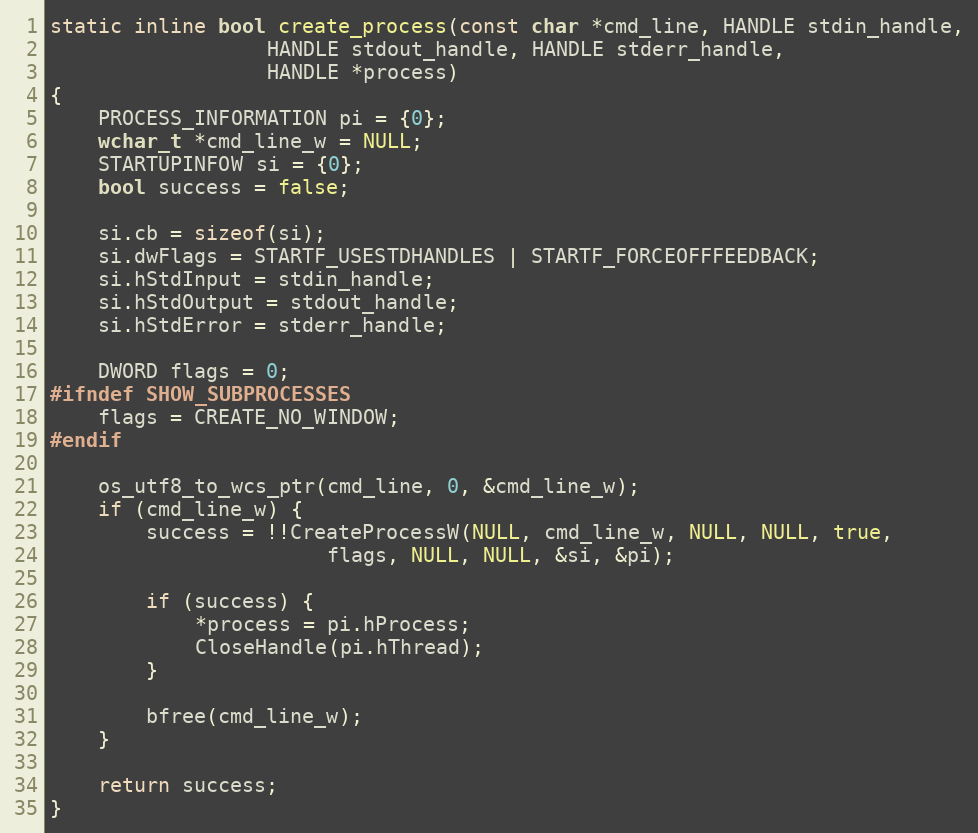
Language: C
static inline bool create_process(const char *cmd_line, HANDLE stdin_handle,
				  HANDLE stdout_handle, HANDLE stderr_handle,
				  HANDLE *process)
{
	PROCESS_INFORMATION pi = {0};
	wchar_t *cmd_line_w = NULL;
	STARTUPINFOW si = {0};
	bool success = false;

	si.cb = sizeof(si);
	si.dwFlags = STARTF_USESTDHANDLES | STARTF_FORCEOFFFEEDBACK;
	si.hStdInput = stdin_handle;
	si.hStdOutput = stdout_handle;
	si.hStdError = stderr_handle;

	DWORD flags = 0;
#ifndef SHOW_SUBPROCESSES
	flags = CREATE_NO_WINDOW;
#endif

	os_utf8_to_wcs_ptr(cmd_line, 0, &cmd_line_w);
	if (cmd_line_w) {
		success = !!CreateProcessW(NULL, cmd_line_w, NULL, NULL, true,
					   flags, NULL, NULL, &si, &pi);

		if (success) {
			*process = pi.hProcess;
			CloseHandle(pi.hThread);
		}

		bfree(cmd_line_w);
	}

	return success;
}